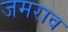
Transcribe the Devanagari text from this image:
जमराव